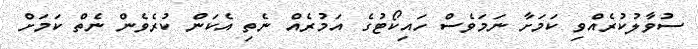
ސުވާލުކުރެއްވި ކަމަށާ ނަމަވެސް ހައިކޯޓުގެ އަމުރެއް ނެތި އެކަން ކުރެވެން ނެތް ކަމަށް